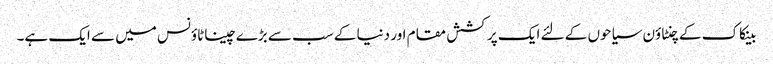
بینکاک کے چنٹاؤن سیاحوں کے لئے ایک پرکشش مقام اور دنیا کے سب سے بڑے چیناٹاؤنس میں سے ایک ہے۔